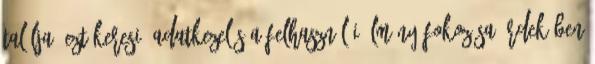
találja? Ezt keresi? adatkezelés A felhasználói élmény fokozása érdekében